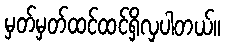
မှတ်မှတ်ထင်ထင်ရှိလှပါတယ်။